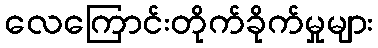
လေကြောင်းတိုက်ခိုက်မှုများ